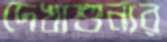
দেখাশুনার